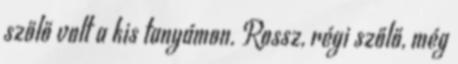
szőlő volt a kis tanyámon. Rossz, régi szőlő, még